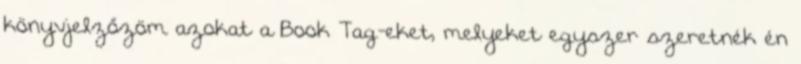
könyvjelzőzöm azokat a Book Tag-eket, melyeket egyszer szeretnék én